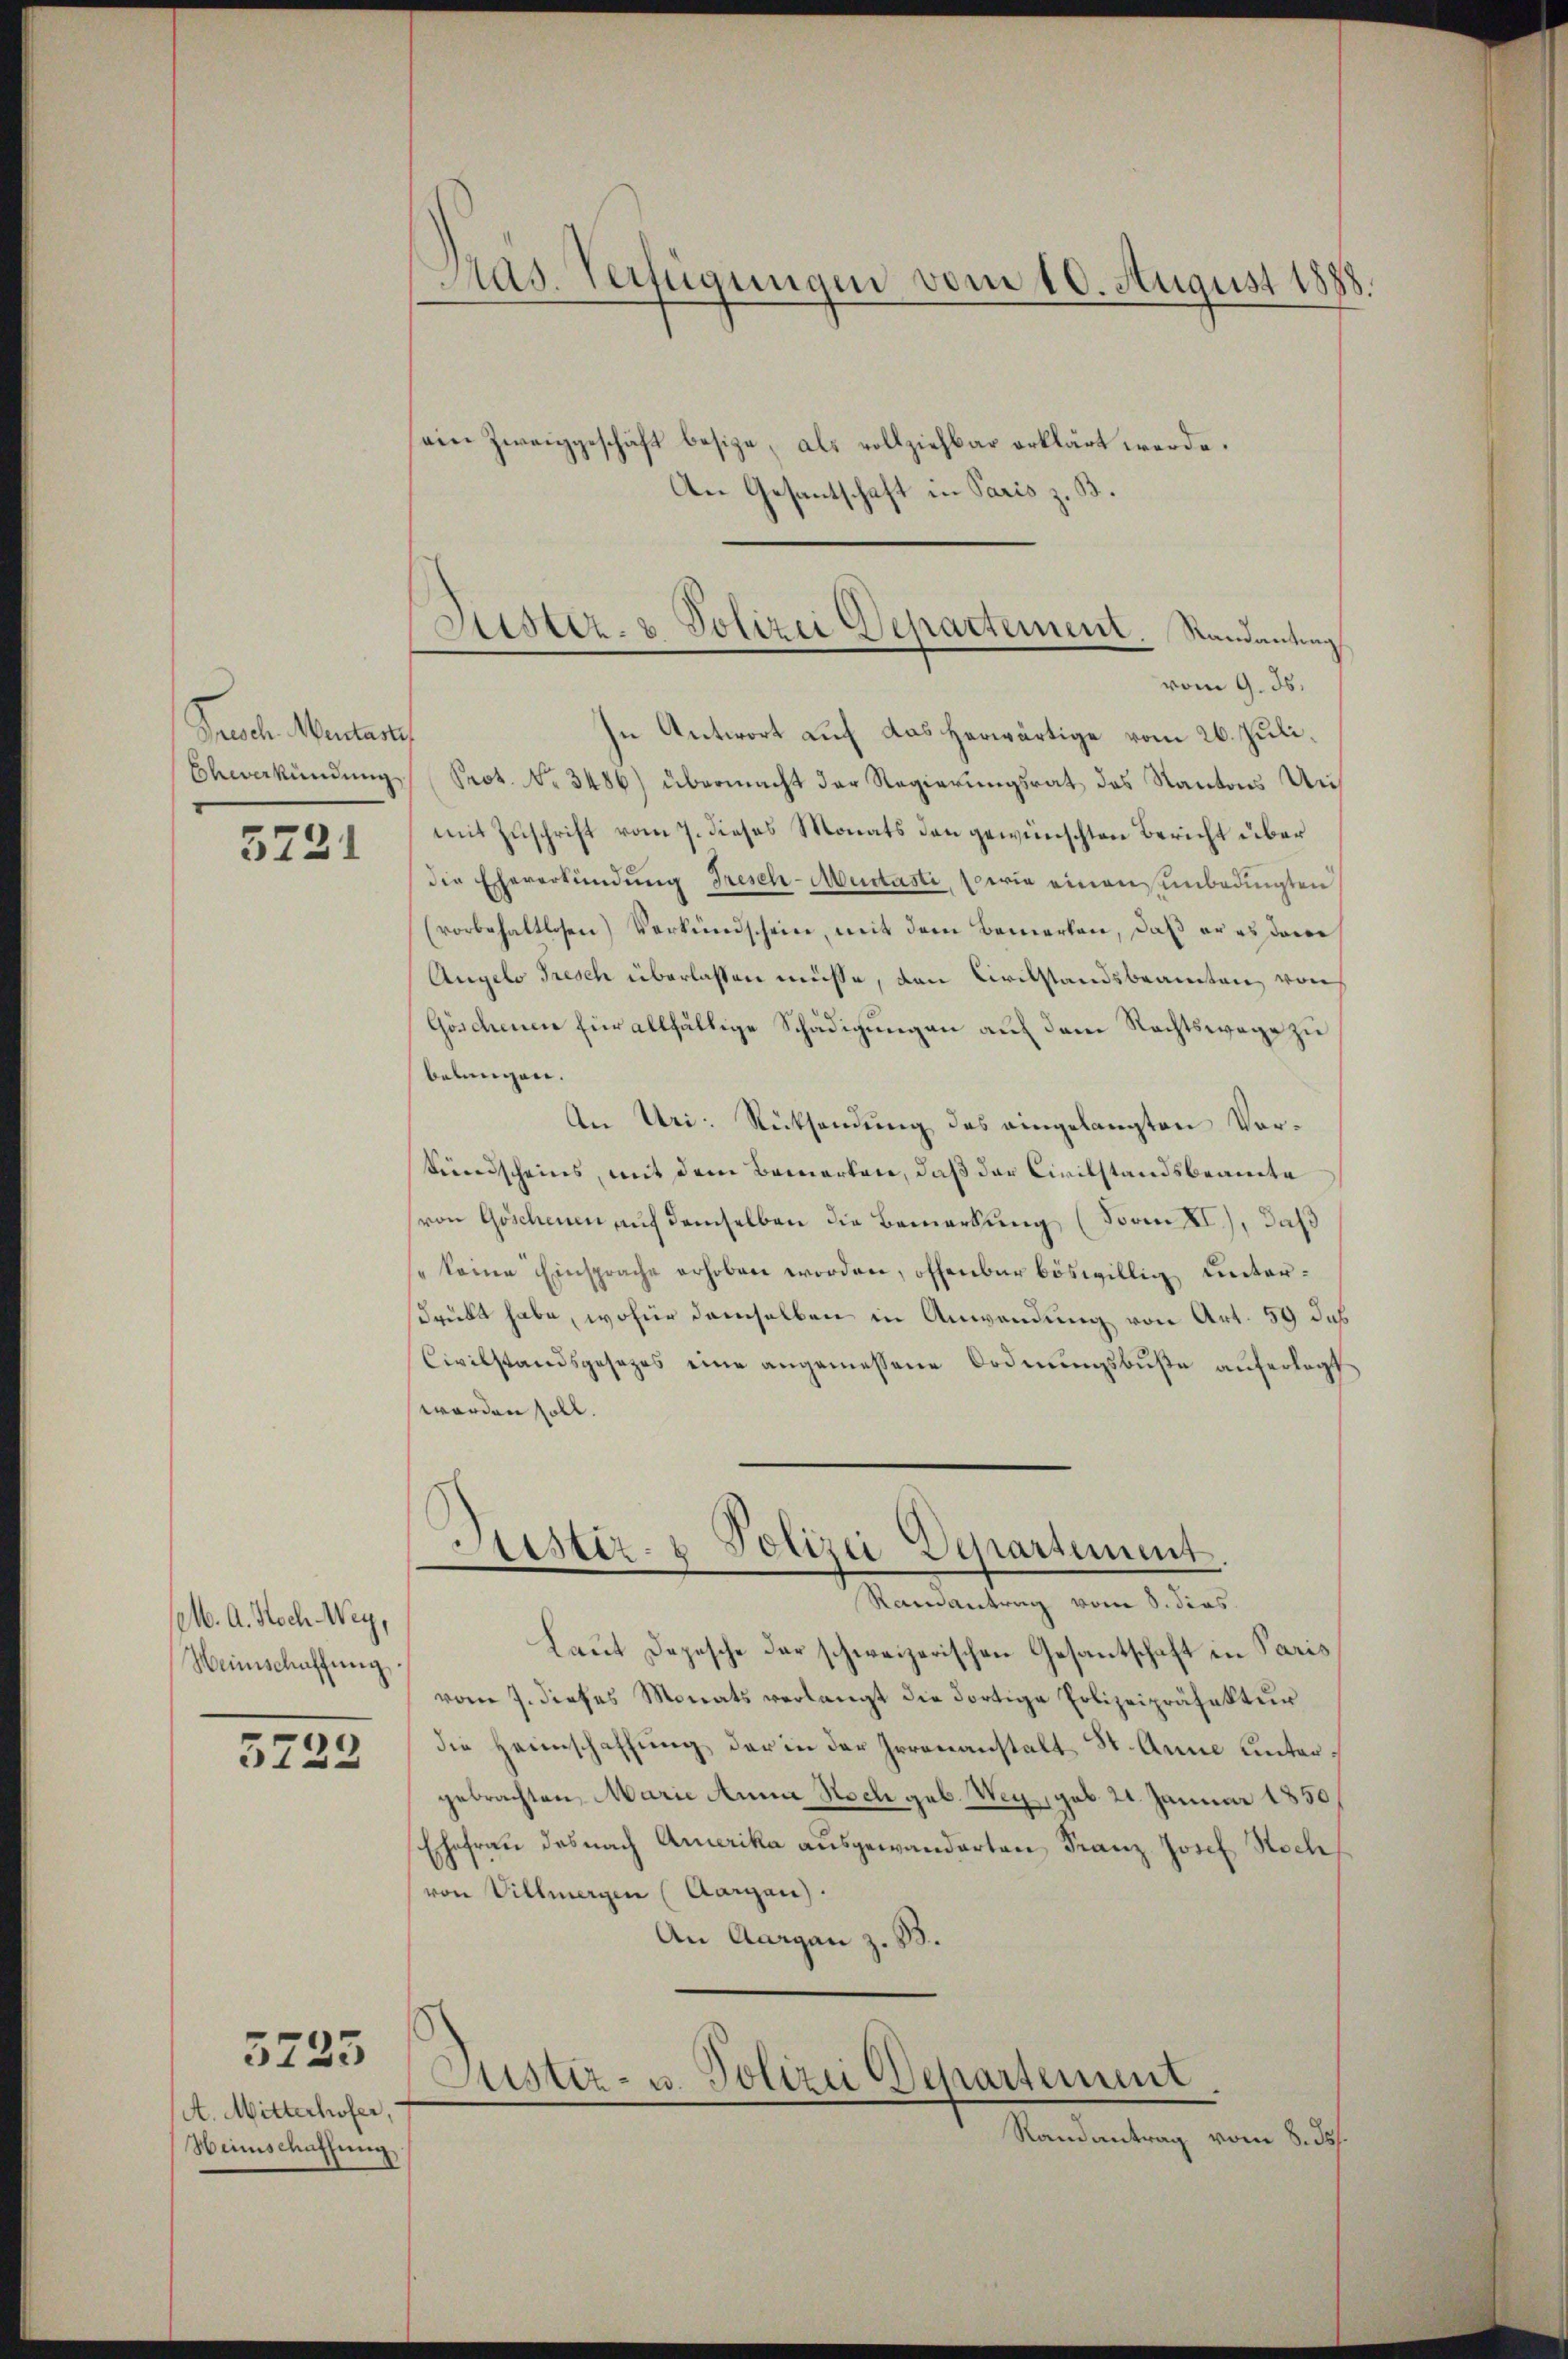
Frosch Mentari

5721

M. A. Noch Wey,
Weinschaffung.

5722

5723

A. Mitterhofer,
Heimschaffung

in Antwort auf das herwärtige vom 26. Juli¬
Bewerkündung Prot. No. 3486) übermacht der Regierungsrat das Kantons Aus
mit Zuschrift vom 7. dieses Monats den gewünschten Bericht über
die Eheverkündung Fresch-Mertasti, sowie einen unbedingten
(vorbehaltlosen) Verkündschein, mit dem Bemerken, daβ er es dem
Angelo Tresch überlassen müsse, den Civilstandsbeamten von
Göschenen für allfällige Schädigungen auf dem Rechtswege zu
belangen.
An Uri: Rücksendung des eingelangten Vorkrundscheins, mit dem Bemerken, daß der Civilstandsbeamte
(von Göschenen auf demselben die Bemerkung (Soom II.), daß
se keine Einsprache erhoben worden, offenbar böswillig untersdrückt habe, wofür demselben in Anwendung von Art. 59 das
Civilstandsgesezes eine angemessene Ordnungsbuße auferlegt
worden soll.

Aas. Verfügungen vom 10. August 1888.

Fister- & Polizei Departement. Sandanting
vom 9. ds.

sein Zweiggeschäft besize, als vollziehbar erklärt werde.
An Gesantschaft in Paris z. B.

Sistir- u Polizei Departement
Ramantrag vom 8. dies

Laut Depesche der schweizerischen Gesantschaft in Paris
vom 7. dieses Monats verlangt die Fortige Polizeipräfektur
die Heimschaffung der in der Irrenanstalt St. Anne untergebrachten, Marie Anna Noch geb. Weg, geb. 21. Januar 1850
Ehefrau das nach Amerika ausgewanderten Franz Josef Hoch
von Villmergen (Aargau).
An Aargau z. B.
Sistiz- u. Polizei Departement
Randantrag vom 8. Js.